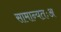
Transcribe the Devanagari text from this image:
सामान्यतःअ